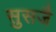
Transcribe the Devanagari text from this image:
सुसजै